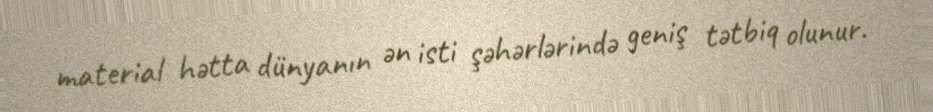
material hətta dünyanın ən isti şəhərlərində geniş tətbiq olunur.